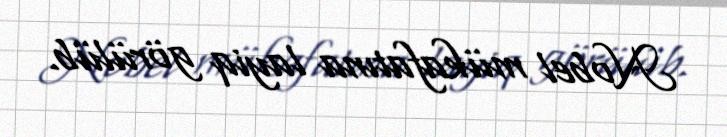
Nobel mükafatına layiq görülüb.